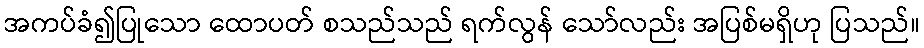
အကပ်ခံ၍ပြုသော ထောပတ် စသည်သည် ရက်လွန် သော်လည်း အပြစ်မရှိဟု ပြသည်။